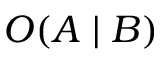
O ( A \mid B )